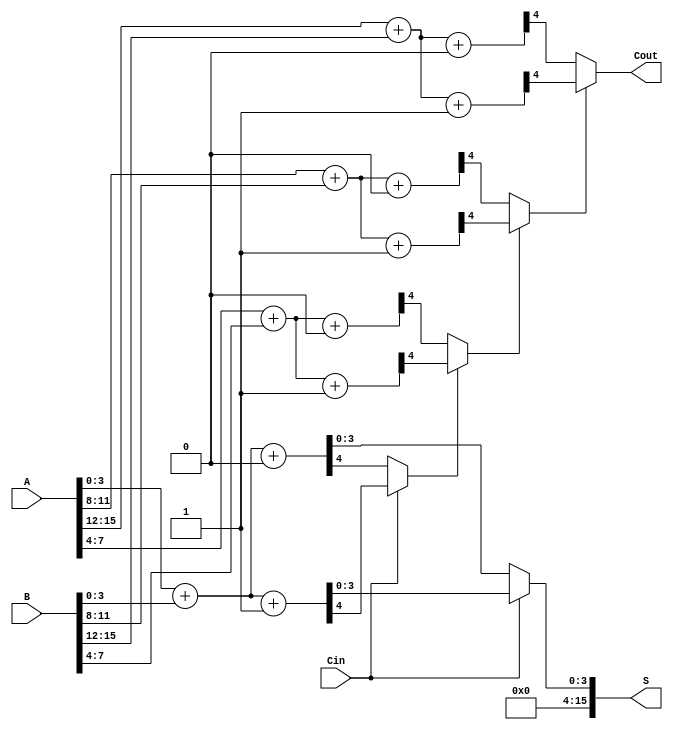
module CCSA #(parameter N = 16, parameter K = 4) (
    input [N-1:0] A,      // First n-bit input
    input [N-1:0] B,      // Second n-bit input
    input Cin,            // Carry-in
    output [N-1:0] S,     // n-bit sum output
    output Cout           // Carry-out
);
    localparam NUM_BLOCKS = N / K;

    wire [K-1:0] S0 [NUM_BLOCKS-1:0]; // Sums for Cin = 0
    wire [K-1:0] S1 [NUM_BLOCKS-1:0]; // Sums for Cin = 1
    wire Cout0 [NUM_BLOCKS-1:0];      // Carry-out for Cin = 0
    wire Cout1 [NUM_BLOCKS-1:0];      // Carry-out for Cin = 1
    wire [NUM_BLOCKS-1:0] carry;       // Carry signals between blocks

    // Generate sums and carries for each block
    genvar i;
    generate
        for (i = 0; i < NUM_BLOCKS; i = i + 1) begin : block
            wire [K-1:0] A_block = A[i*K +: K];
            wire [K-1:0] B_block = B[i*K +: K];
            wire Cin_block = (i == 0) ? Cin : carry[i-1];

            // Compute sums and carries for both cases
            assign {Cout0[i], S0[i]} = A_block + B_block + 1'b0; // Case 0
            assign {Cout1[i], S1[i]} = A_block + B_block + 1'b1; // Case 1

            // Select the appropriate sum and carry based on the carry from the previous block
            if (i == 0) begin
                assign S[i*K +: K] = (Cin == 1'b0) ? S0[i] : S1[i];
                assign carry[i] = (Cin == 1'b0) ? Cout0[i] : Cout1[i];
            end else begin
                assign S[i*K +: K] = (carry[i-1] == 1'b0) ? S0[i] : S1[i];
                assign carry[i] = (carry[i-1] == 1'b0) ? Cout0[i] : Cout1[i];
            end
        end
    endgenerate

    // Final carry-out
    assign Cout = carry[NUM_BLOCKS-1];
    // Concatenate all sums to form the final output
    assign S = {S[NUM_BLOCKS-1], S[NUM_BLOCKS-2], S[NUM_BLOCKS-3], S[NUM_BLOCKS-4]}; // Adjust based on N and K

endmodule